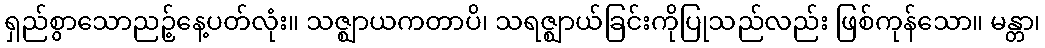
ရှည်စွာသောညဉ့်နေ့ပတ်လုံး။ သဇ္ဈာယကတာပိ၊ သရဇ္ဈာယ်ခြင်းကိုပြုသည်လည်း ဖြစ်ကုန်သော။ မန္တာ၊